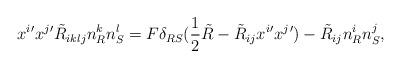
LaTeX: \begin{align*}x^{i}{'}x^{j}{'}\tilde{R}_{iklj}n^{k}_R n^{l}_S=F\delta_{RS}(\frac{1}{2}\tilde{R}-\tilde{R}_{ij}x^{i}{'}x^{j}{'})-\tilde{R}_{ij}n^{i}_R n^{j}_S,\end{align*}